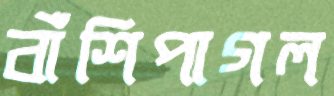
বাঁশিপাগল